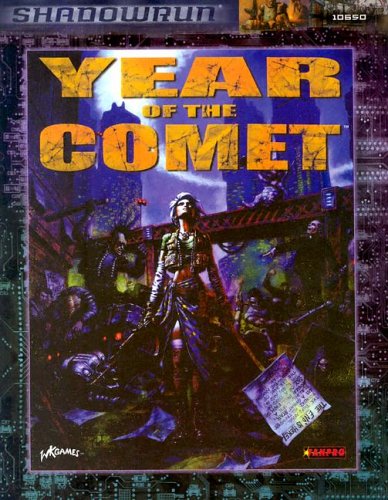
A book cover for Year of the Comet (Shadowrun); Rob Boyle; Science Fiction & Fantasy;